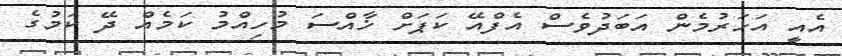
އެއީ އަހަރުމެން އަބަދުވެސް އެފްއޭ ކަޕަށް ޚާއްސަ މުހިއްމު ކަމެއް ދޭ ކަމުގެ